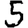
Digit: 5